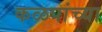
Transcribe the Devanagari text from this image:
कळपांच्या